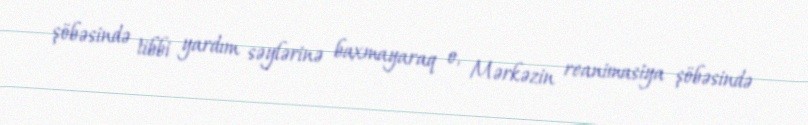
şöbəsində tibbi yardım səylərinə baxmayaraq o, Mərkəzin reanimasiya şöbəsində